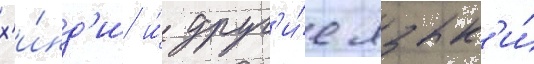
х'и́нд'и и́ друг'и́е язык'и́